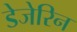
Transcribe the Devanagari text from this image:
डेजेरिन